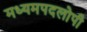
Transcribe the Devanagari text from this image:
मध्यमपदलोपी